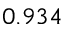
0 . 9 3 4